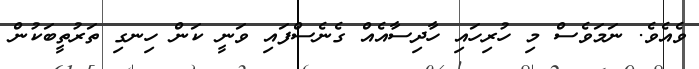
ވެއެވެ. ނަމަވެސް މި ހުރިހައި ހާދިސާއެއް ގެނެސްފައި ވަނީ ކަން ހިނގި ތަރުތީބަކުން